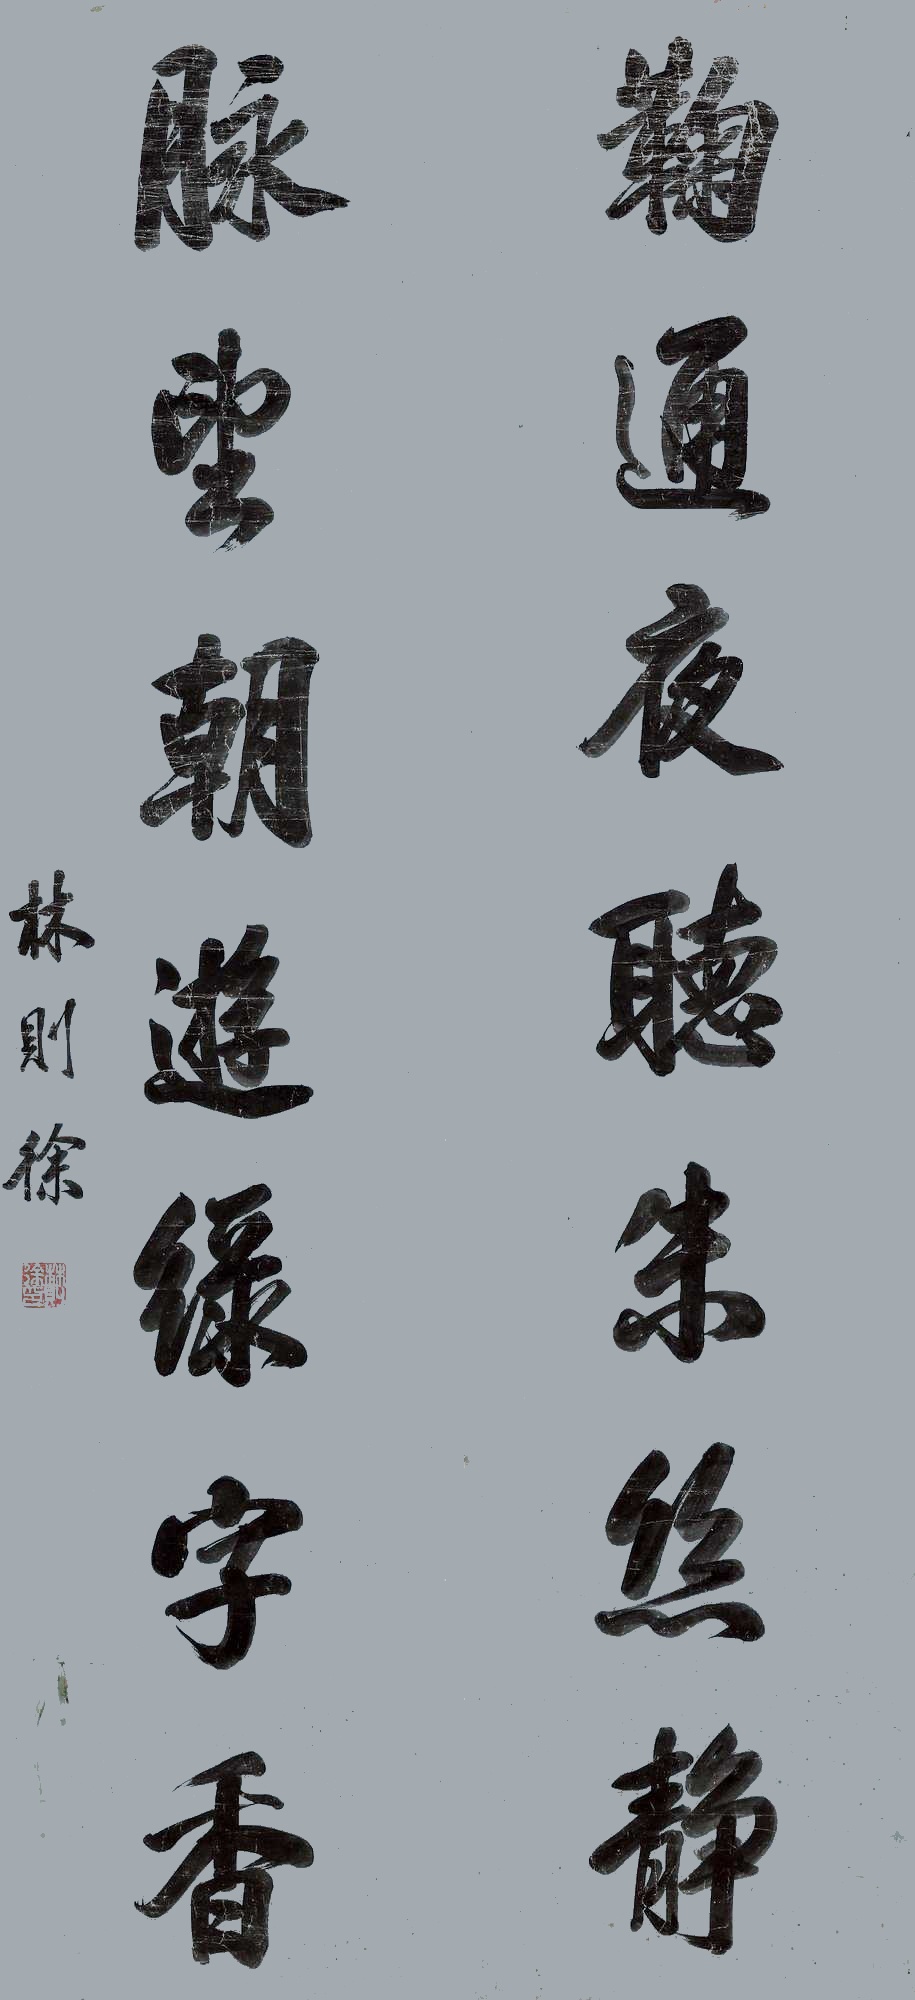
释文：鞠通夜听朱丝静，脉望朝游绿宇香。林则徐。